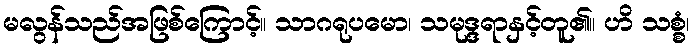
မလွန်သည်အဖြစ်ကြောင့်။ သာဂရုပမော၊ သမုဒ္ဒရာနှင့်တူ၏။ ဟိ သစ္စံ၊